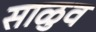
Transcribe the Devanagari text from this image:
साळुव